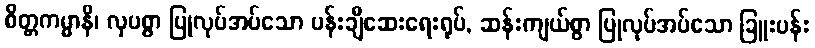
စိတ္တကမ္မာနိ၊ လှပစွာ ပြုလုပ်အပ်သော ပန်းချီဆေးရေးရုပ်, ဆန်းကျယ်စွာ ပြုလုပ်အပ်သော ခြူးပန်း